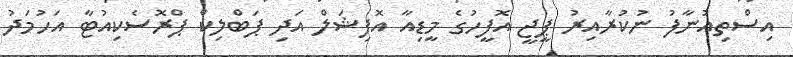
އިސްތިއުނާފު ނުކުރާއިރު ޕީޖީ އޮފީހުގެ މީޑިއާ އޮފިޝަލް އަދި ޕަބްލިކް ޕްރޮސެކިއުޓާ އަހުމަދު